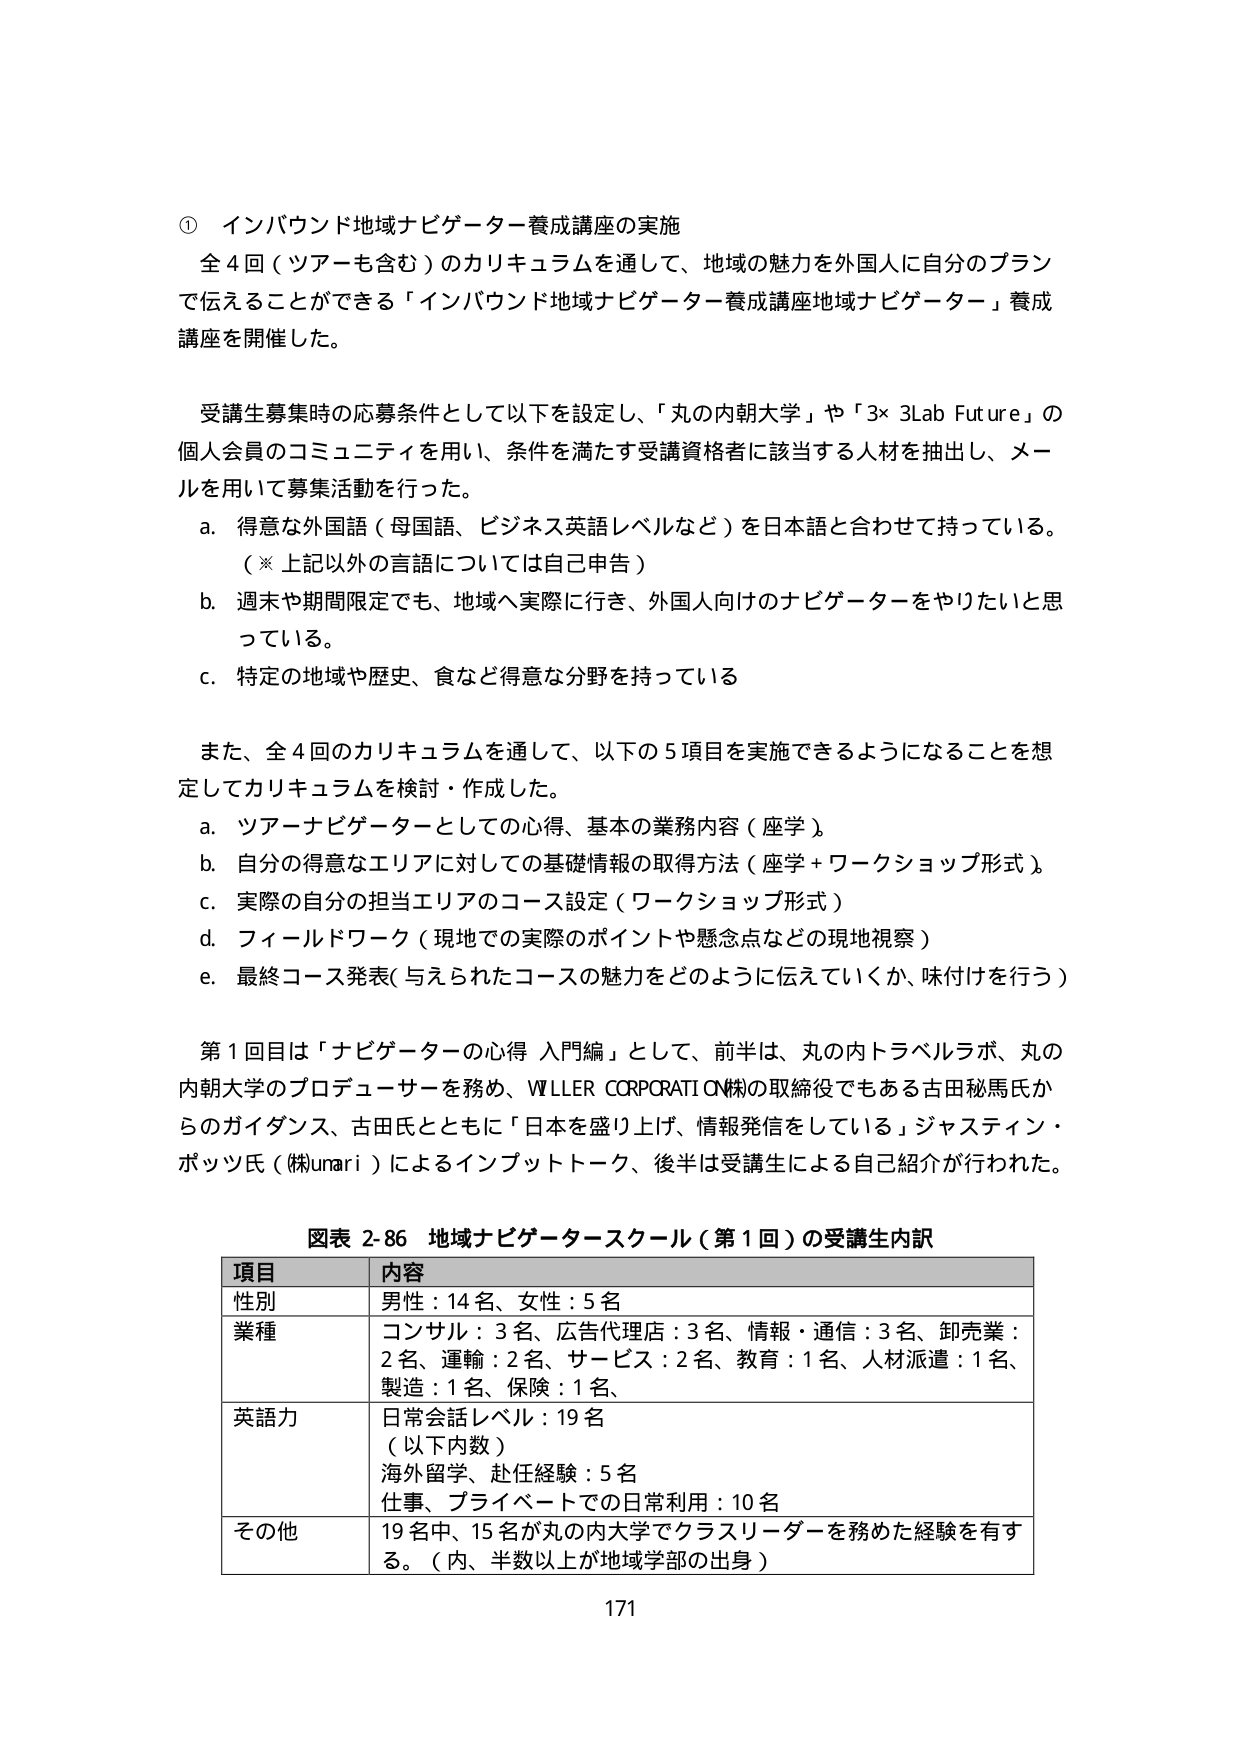
① インバウンド地域ナビゲーター養成講座の実施
全4回（ツアーも含む）のカリキュラムを通して、地域の魅力を外国人に自分のプランで伝えることができる「インバウンド地域ナビゲーター養成講座地域ナビゲーター」養成講座を開催した。

受講生募集時の応募条件として以下を設定し、「丸の内朝大学」や「3×3Lab Future」の個人会員のコミュニティを用い、条件を満たす受講資格者に該当する人材を抽出し、メールを用いて募集活動を行った。
a. 得意な外国語（母国語、ビジネス英語レベルなど）を日本語と合わせて持っている。
（※上記以外の言語については自己申告）
b. 週末や期間限定でも、地域へ実際に行き、外国人向けのナビゲーターをやりたいと思っている。
c. 特定の地域や歴史、食など得意な分野を持っている

また、全4回のカリキュラムを通して、以下の5項目を実施できるようになることを想定してカリキュラムを検討・作成した。
a. ツアーナビゲーターとしての心得、基本の業務内容（座学）
b. 自分の得意なエリアに対しての基礎情報の取得方法（座学＋ワークショップ形式）
c. 実際の自分の担当エリアのコース設定（ワークショップ形式）
d. フィールドワーク（現地での実際のポイントや懸念点などの現地視察）
e. 最終コース発表（与えられたコースの魅力をどのように伝えていくか、味付けを行う）

第1回目は「ナビゲーターの心得 入門編」として、前半は、丸の内トラベルラボ、丸の内朝大学のプロデューサーを務め、WLLER CORPORATION㈱の取締役でもある古田秘馬氏からのガイダンス、古田氏とともに「日本を盛り上げ、情報発信をしている」ジャスティン・ポッツ氏（㈱umari）によるインプットトーク、後半は受講生による自己紹介が行われた。

図表 2-86 地域ナビゲータースクール（第1回）の受講生内訳
| 項目 | 内容 |
|------|------|
| 性別 | 男性：14名、女性：5名 |
| 業種 | コンサル：3名、広告代理店：3名、情報・通信：3名、卸売業：2名、運輸：2名、サービス：2名、教育：1名、人材派遣：1名、製造：1名、保険：1名、 |
| 英語力 | 日常会話レベル：19名（以下内数）<br>海外留学、赴任経験：5名<br>仕事、プライベートでの日常利用：10名 |
| その他 | 19名中、15名が丸の内大学でクラスリーダーを務めた経験を有する。（内、半数以上が地域学部の出身） |

171